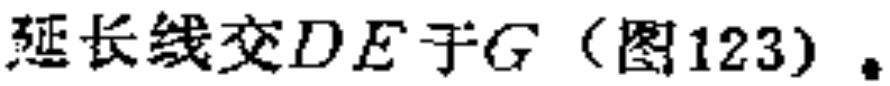
延长线交\(DE\)于\(G\)（图123）。